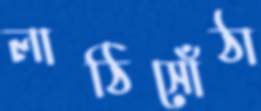
লাঠিসোঁঠা